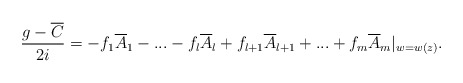
\begin{align*}\frac{g-\overline{C}}{2i}=-f_{1}\overline{A}_{1}-...-f_{l}\overline{A}_{l}+ f_{l+1}\overline{A}_{l+1}+...+f_{m}\overline{A}_{m}|_{w=w(z)}.\end{align*}